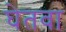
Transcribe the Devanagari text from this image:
घेतवा